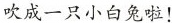
吹成一只小白兔啦！